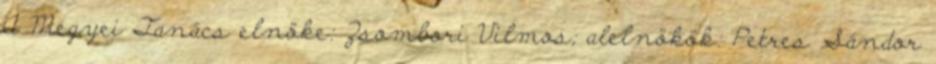
A Megyei Tanács elnöke: Zsombori Vilmos; alelnökök: Petres Sándor